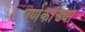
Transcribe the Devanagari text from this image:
पर्णकांड्या